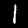
Label: 1